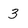
Character: 3